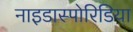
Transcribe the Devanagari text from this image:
नाइडास्पोरिडिया